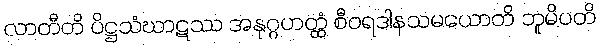
လာတီတိ ပိဋ္ဌသံဃာဋဿ အနုဂ္ဂဟတ္ထံ စီဝရဒါနသမယောတိ ဘူမိပတိ